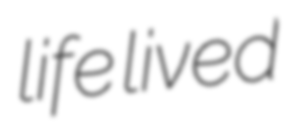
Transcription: life lived